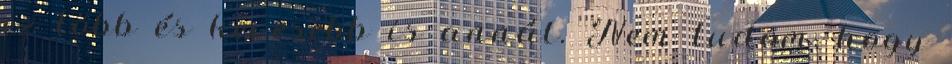
ez több és kevesebb is annál. Nem tudom, hogy